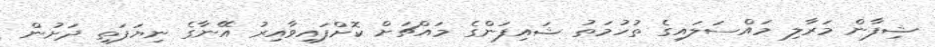
ޝިފާން މަރާލި މައްސަލައިގެ ތުހުމަތު ޝައިފަންގެ މައްޗަށް ކޮށްފައިވާއިރު އޭނާގެ ނިޔަފަތި ދަށުން